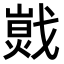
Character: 𢧾